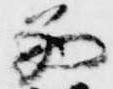
西